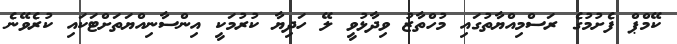
ކޭމްޕް ފެށުމުގެ ރަސްމިއްޔާތުގައި މުހްތާޒު ވިދާޅުވީ ލޭ ހަދިޔާ ކުރުމަކީ އިންސާނިއްޔަތަށްޓަކައި ކުރެވޭނެ